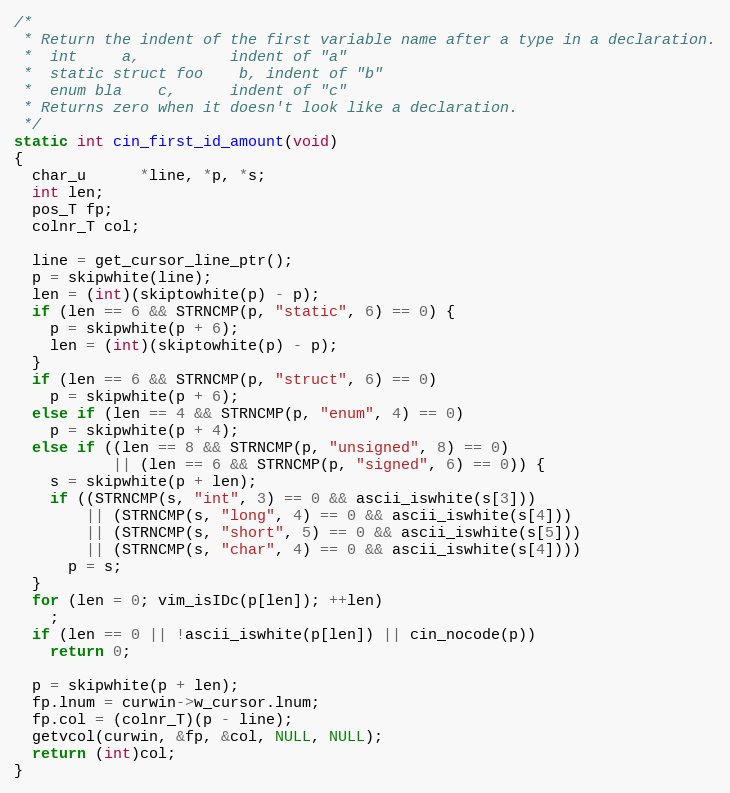
Language: C
/*
 * Return the indent of the first variable name after a type in a declaration.
 *  int	    a,			indent of "a"
 *  static struct foo    b,	indent of "b"
 *  enum bla    c,		indent of "c"
 * Returns zero when it doesn't look like a declaration.
 */
static int cin_first_id_amount(void)
{
  char_u      *line, *p, *s;
  int len;
  pos_T fp;
  colnr_T col;

  line = get_cursor_line_ptr();
  p = skipwhite(line);
  len = (int)(skiptowhite(p) - p);
  if (len == 6 && STRNCMP(p, "static", 6) == 0) {
    p = skipwhite(p + 6);
    len = (int)(skiptowhite(p) - p);
  }
  if (len == 6 && STRNCMP(p, "struct", 6) == 0)
    p = skipwhite(p + 6);
  else if (len == 4 && STRNCMP(p, "enum", 4) == 0)
    p = skipwhite(p + 4);
  else if ((len == 8 && STRNCMP(p, "unsigned", 8) == 0)
           || (len == 6 && STRNCMP(p, "signed", 6) == 0)) {
    s = skipwhite(p + len);
    if ((STRNCMP(s, "int", 3) == 0 && ascii_iswhite(s[3]))
        || (STRNCMP(s, "long", 4) == 0 && ascii_iswhite(s[4]))
        || (STRNCMP(s, "short", 5) == 0 && ascii_iswhite(s[5]))
        || (STRNCMP(s, "char", 4) == 0 && ascii_iswhite(s[4])))
      p = s;
  }
  for (len = 0; vim_isIDc(p[len]); ++len)
    ;
  if (len == 0 || !ascii_iswhite(p[len]) || cin_nocode(p))
    return 0;

  p = skipwhite(p + len);
  fp.lnum = curwin->w_cursor.lnum;
  fp.col = (colnr_T)(p - line);
  getvcol(curwin, &fp, &col, NULL, NULL);
  return (int)col;
}